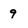
Character: 9